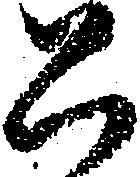
公